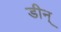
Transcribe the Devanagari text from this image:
डीन्